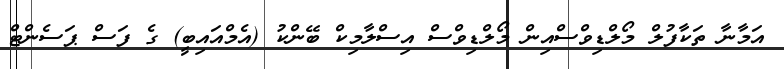
އަމާނާ ތަކާފުލް މޯލްޑިވްސްއިން މޯލްޑިވްސް އިސްލާމިކް ބޭންކު (އެމްއައިބީ) ގެ ފަސް ޕަސެންޓް